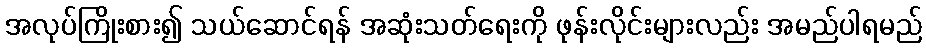
အလုပ်ကြိုးစား၍ သယ်ဆောင်ရန် အဆုံးသတ်ရေးကို ဖုန်းလိုင်းများလည်း အမည်ပါရမည်